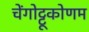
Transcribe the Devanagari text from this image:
चेंगोट्टूकोणम